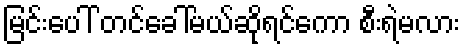
မြင်းပေါ် တင်ခေါ်မယ်ဆိုရင်ကော စီးရဲမလား